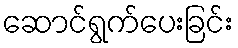
ဆောင်ရွက်ပေးခြင်း